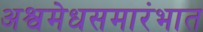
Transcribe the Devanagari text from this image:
अश्वमेधसमारंभात